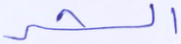
الشر